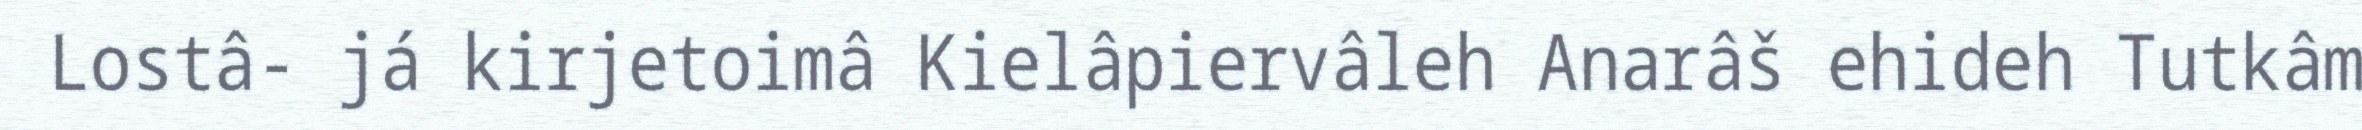
Lostâ- já kirjetoimâ Kielâpiervâleh Anarâš ehideh Tutkâm